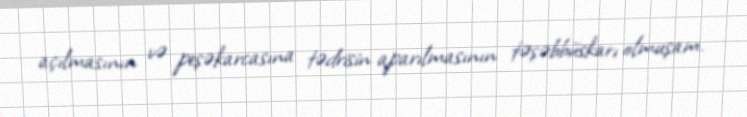
açılmasının və peşəkarcasına tədrisin aparılmasının təşəbbüskarı olmuşam.